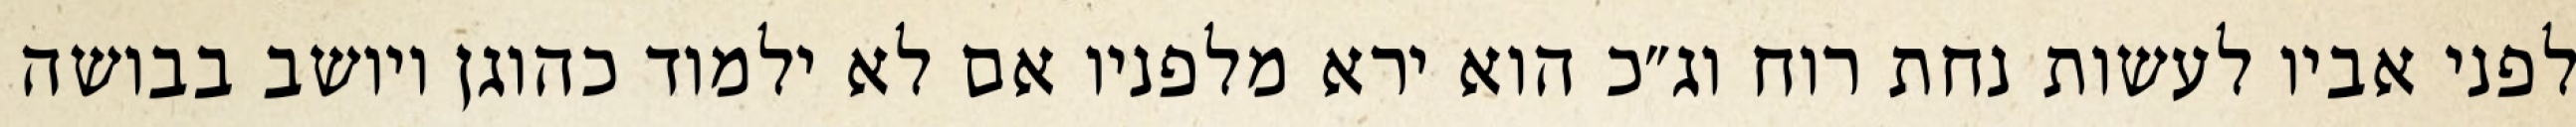
לפני אביו לעשות נחת רוח וג״כ הוא ירא מלפניו אם לא ילמוד כהוגן ויושב בבושה